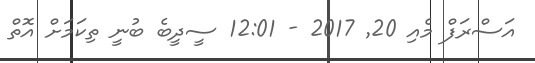
އަސްރަފް މެއި 20